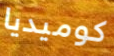
كوميديا